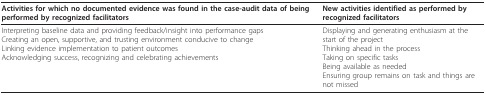
<table><thead><tr><td><b>Activities for which no documented evidence was found in the case-audit data of being performed by recognized facilitators</b></td><td><b>New activities identified as performed by recognized facilitators</b></td></tr></thead><tbody><tr><td>Interpreting baseline data and providing feedback/insight into performance gapsCreating an open, supportive, and trusting environment conducive to changeLinking evidence implementation to patient outcomesAcknowledging success, recognizing and celebrating achievements</td><td>Displaying and generating enthusiasm at the start of the projectThinking ahead in the processTaking on specific tasksBeing available as neededEnsuring group remains on task and things are not missed</td></tr></tbody></table>